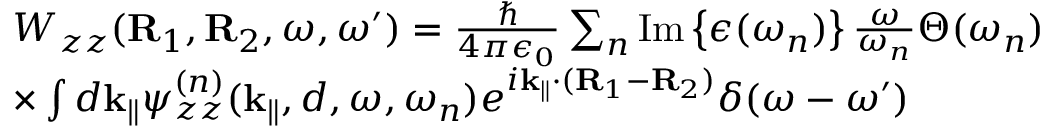
\begin{array} { r l } & { W _ { z z } ( { \bf R } _ { 1 } , { \bf R } _ { 2 } , \omega , \omega ^ { \prime } ) = \frac { \hbar } { 4 \pi \epsilon _ { 0 } } \sum _ { n } \mathrm { I m } \left\{ \epsilon ( \omega _ { n } ) \right\} \frac { \omega } { \omega _ { n } } \Theta ( \omega _ { n } ) } \\ & { \times \int d { { \bf k } _ { \parallel } } \psi _ { z z } ^ { ( n ) } ( { { \bf k } _ { \parallel } } , d , \omega , \omega _ { n } ) e ^ { i { { \bf k } _ { \parallel } } \cdot ( { \bf R } _ { 1 } - { \bf R } _ { 2 } ) } \delta ( \omega - \omega ^ { \prime } ) } \end{array}